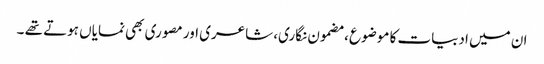
ان میں ادبیات کا موضوع ، مضمون نگاری، شاعری اور مصوری بھی نمایاں ہوتے تھے ۔